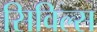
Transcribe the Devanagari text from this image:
सिविल्स